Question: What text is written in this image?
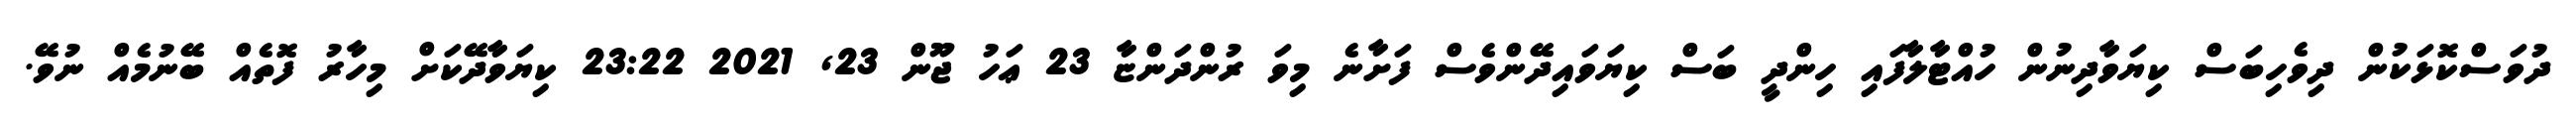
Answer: ދުވަސްކޮޅަކުން ދިވެހިބަސް ކިޔަވާދިނުން ހުއްޓާލާފައި ހިންދީ ބަސް ކިޔަވައިދޭންވެސް ފަށާނެ މިވަ ރުންދަންޏާ 23 ޢަހު ޖޫން 23, 2021 23:22 ކިޔަވާދޭކަށް މިހާރު ފޮތެއް ބޭނުމެއް ނުވޭ.